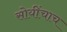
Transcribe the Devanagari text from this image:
सोयींचाच